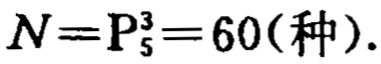
$N = \mathrm{P}_{5}^{3} = 60(\text{种}).$